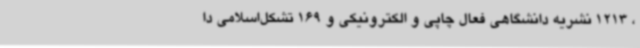
، 1213 نشریه دانشگاهی فعال چاپی و الکترونیکی و 169 تشکل‌اسلامی دا